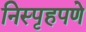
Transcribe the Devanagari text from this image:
निस्पृहपणे